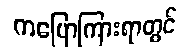
ကပြောကြားရာတွင်